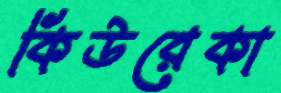
কিউরেকা